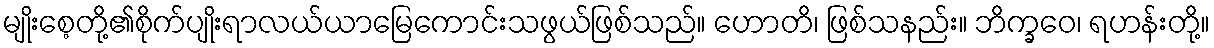
မျိုးစေ့တို့၏စိုက်ပျိုးရာလယ်ယာမြေကောင်းသဖွယ်ဖြစ်သည်။ ဟောတိ၊ ဖြစ်သနည်း။ ဘိက္ခဝေ၊ ရဟန်းတို့။